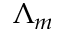
\Lambda _ { m }